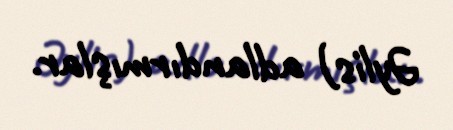
Əylis) adlandırmışlar.